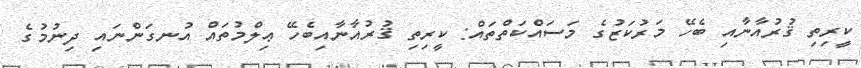
ކީރިތި ޤުރުއާނާއި ބެހޭ މަރުކަޒުގެ މަސައްކަތްތައް: ކީރިތި ޤުރުއާނާއިބެހޭ ޢިލްމުތައް އުނގަންނައި ދިނުމުގެ